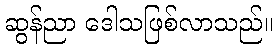
ဆွန်ညာ ဒေါသဖြစ်လာသည်။